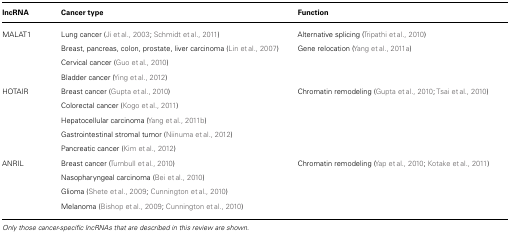
<table><thead><tr><td><b>lncRNA</b></td><td><b>Cancer type</b></td><td><b>Function</b></td></tr></thead><tbody><tr><td>MALAT1</td><td>Lung cancer (Ji et al., 2003;Schmidt et al., 2011)Breast, pancreas, colon, prostate, liver carcinoma (Lin et al., 2007)Cervical cancer (Guo et al., 2010)Bladder cancer (Ying et al., 2012) </td><td>Alternative splicing (Tripathi et al., 2010)Gene relocation (Yang et al., 2011a)</td></tr><tr><td>HOTAIR</td><td>Breast cancer (Gupta et al., 2010)Colorectal cancer (Kogo et al., 2011)Hepatocellular carcinoma (Yang et al., 2011b)Gastrointestinal stromal tumor (Niinuma et al., 2012)Pancreatic cancer (Kim et al., 2012)</td><td>Chromatin remodeling (Gupta et al., 2010; Tsai et al., 2010)</td></tr><tr><td>ANRIL</td><td>Breast cancer (Turnbull et al., 2010)Nasopharyngeal carcinoma (Bei et al., 2010)Glioma (Shete et al., 2009; Cunnington et al., 2010)Melanoma (Bishop et al., 2009; Cunnington et al., 2010)</td><td>Chromatin remodeling (Yap et al., 2010; Kotake et al., 2011)</td></tr></tbody></table>